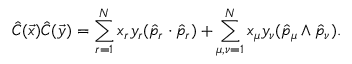
\hat { C } ( \vec { x } ) \hat { C } ( \vec { y } ) = \sum _ { r = 1 } ^ { N } x _ { r } y _ { r } ( \hat { p } _ { r } \cdot \hat { p } _ { r } ) + \sum _ { \mu , \nu = 1 } ^ { N } x _ { \mu } y _ { \nu } ( \hat { p } _ { \mu } \wedge \hat { p } _ { \nu } ) .